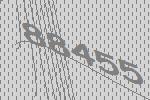
88455